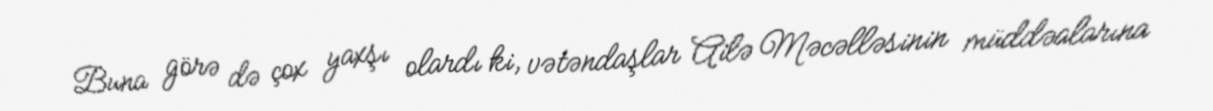
Buna görə də çox yaxşı olardı ki, vətəndaşlar Ailə Məcəlləsinin müddəalarına